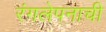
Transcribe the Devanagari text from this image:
रंगलेपनाची